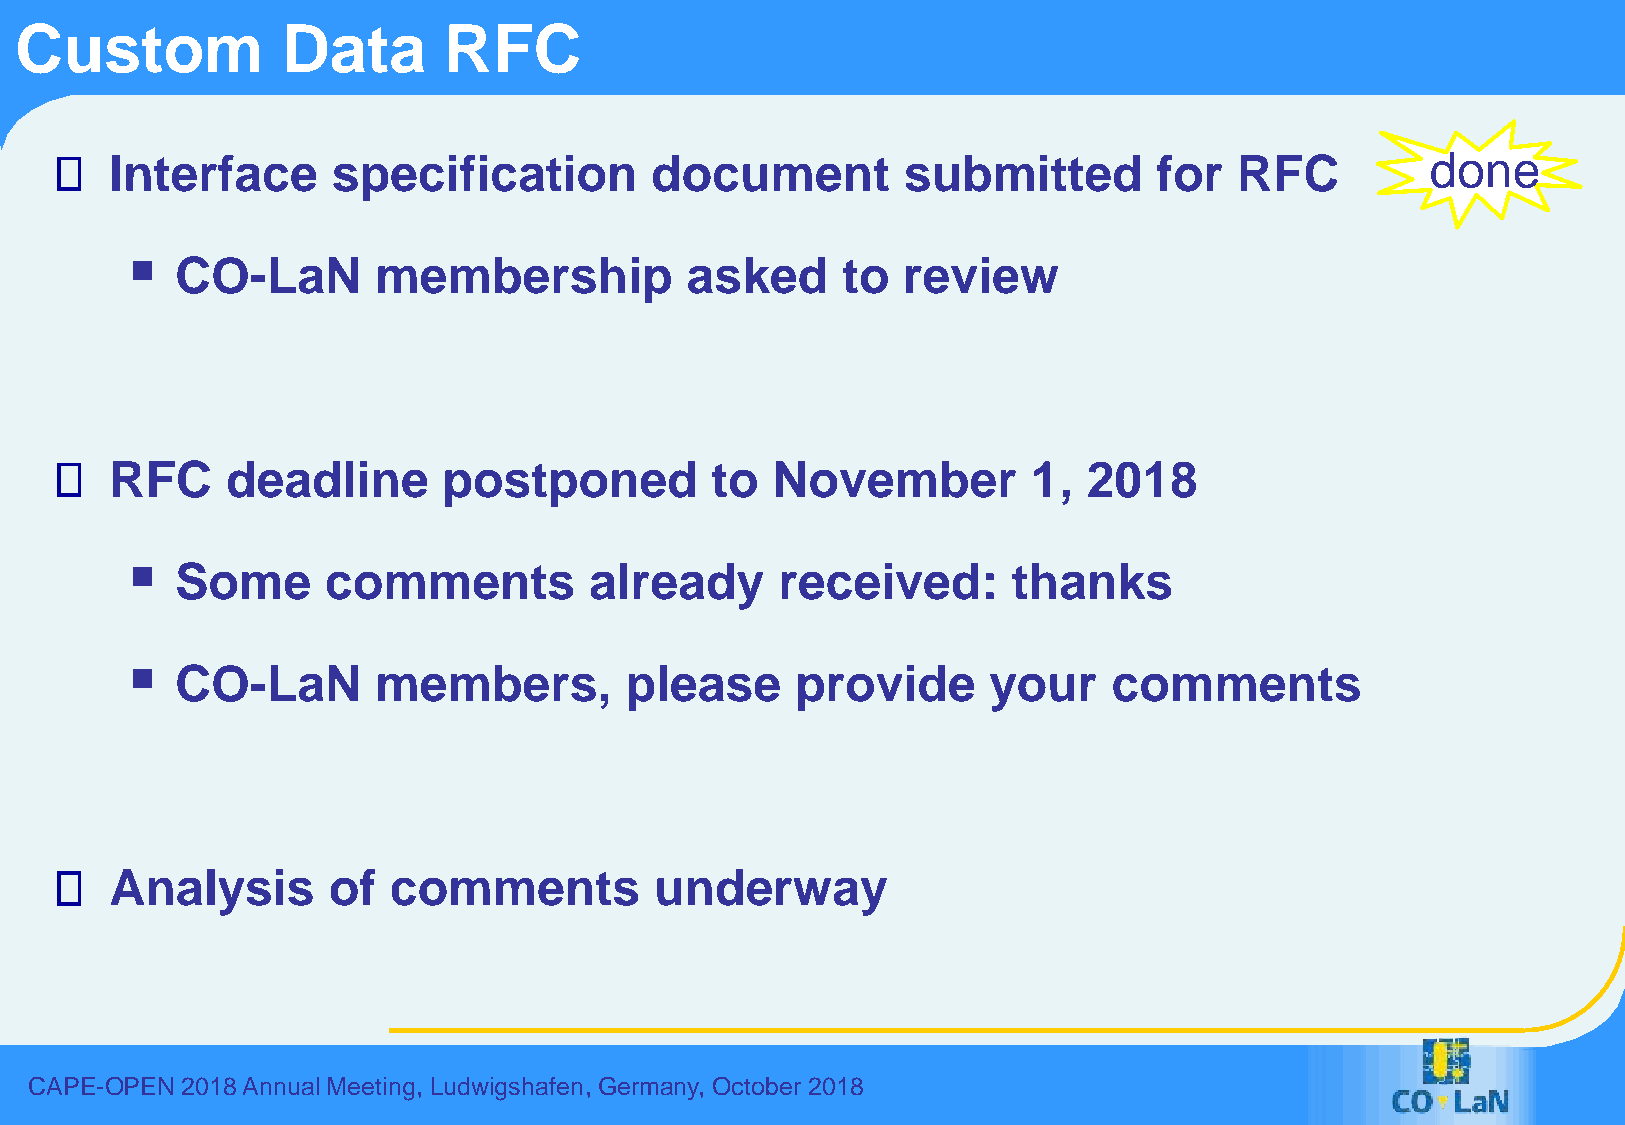
Custom            Data      RFC
 Interface      specification        document         submitted        for  RFC          done
 ▪
 CO-LaN       membership          asked      to  review
 RFC     deadline      postponed         to  November         1,  2018
 ▪
 Some      comments         already      received:      thanks
 ▪
 CO-LaN       members,        please      provide     your     comments
 Analysis       of  comments         underway
 CAPE-OPEN 2018 Annual Meeting, Ludwigshafen, Germany, October 2018